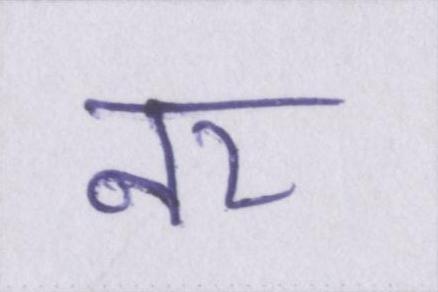
नर